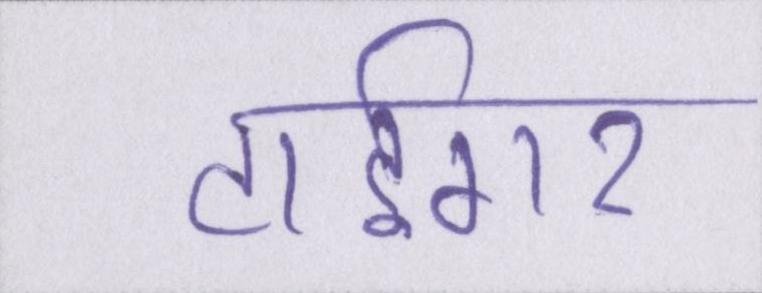
टाईगर